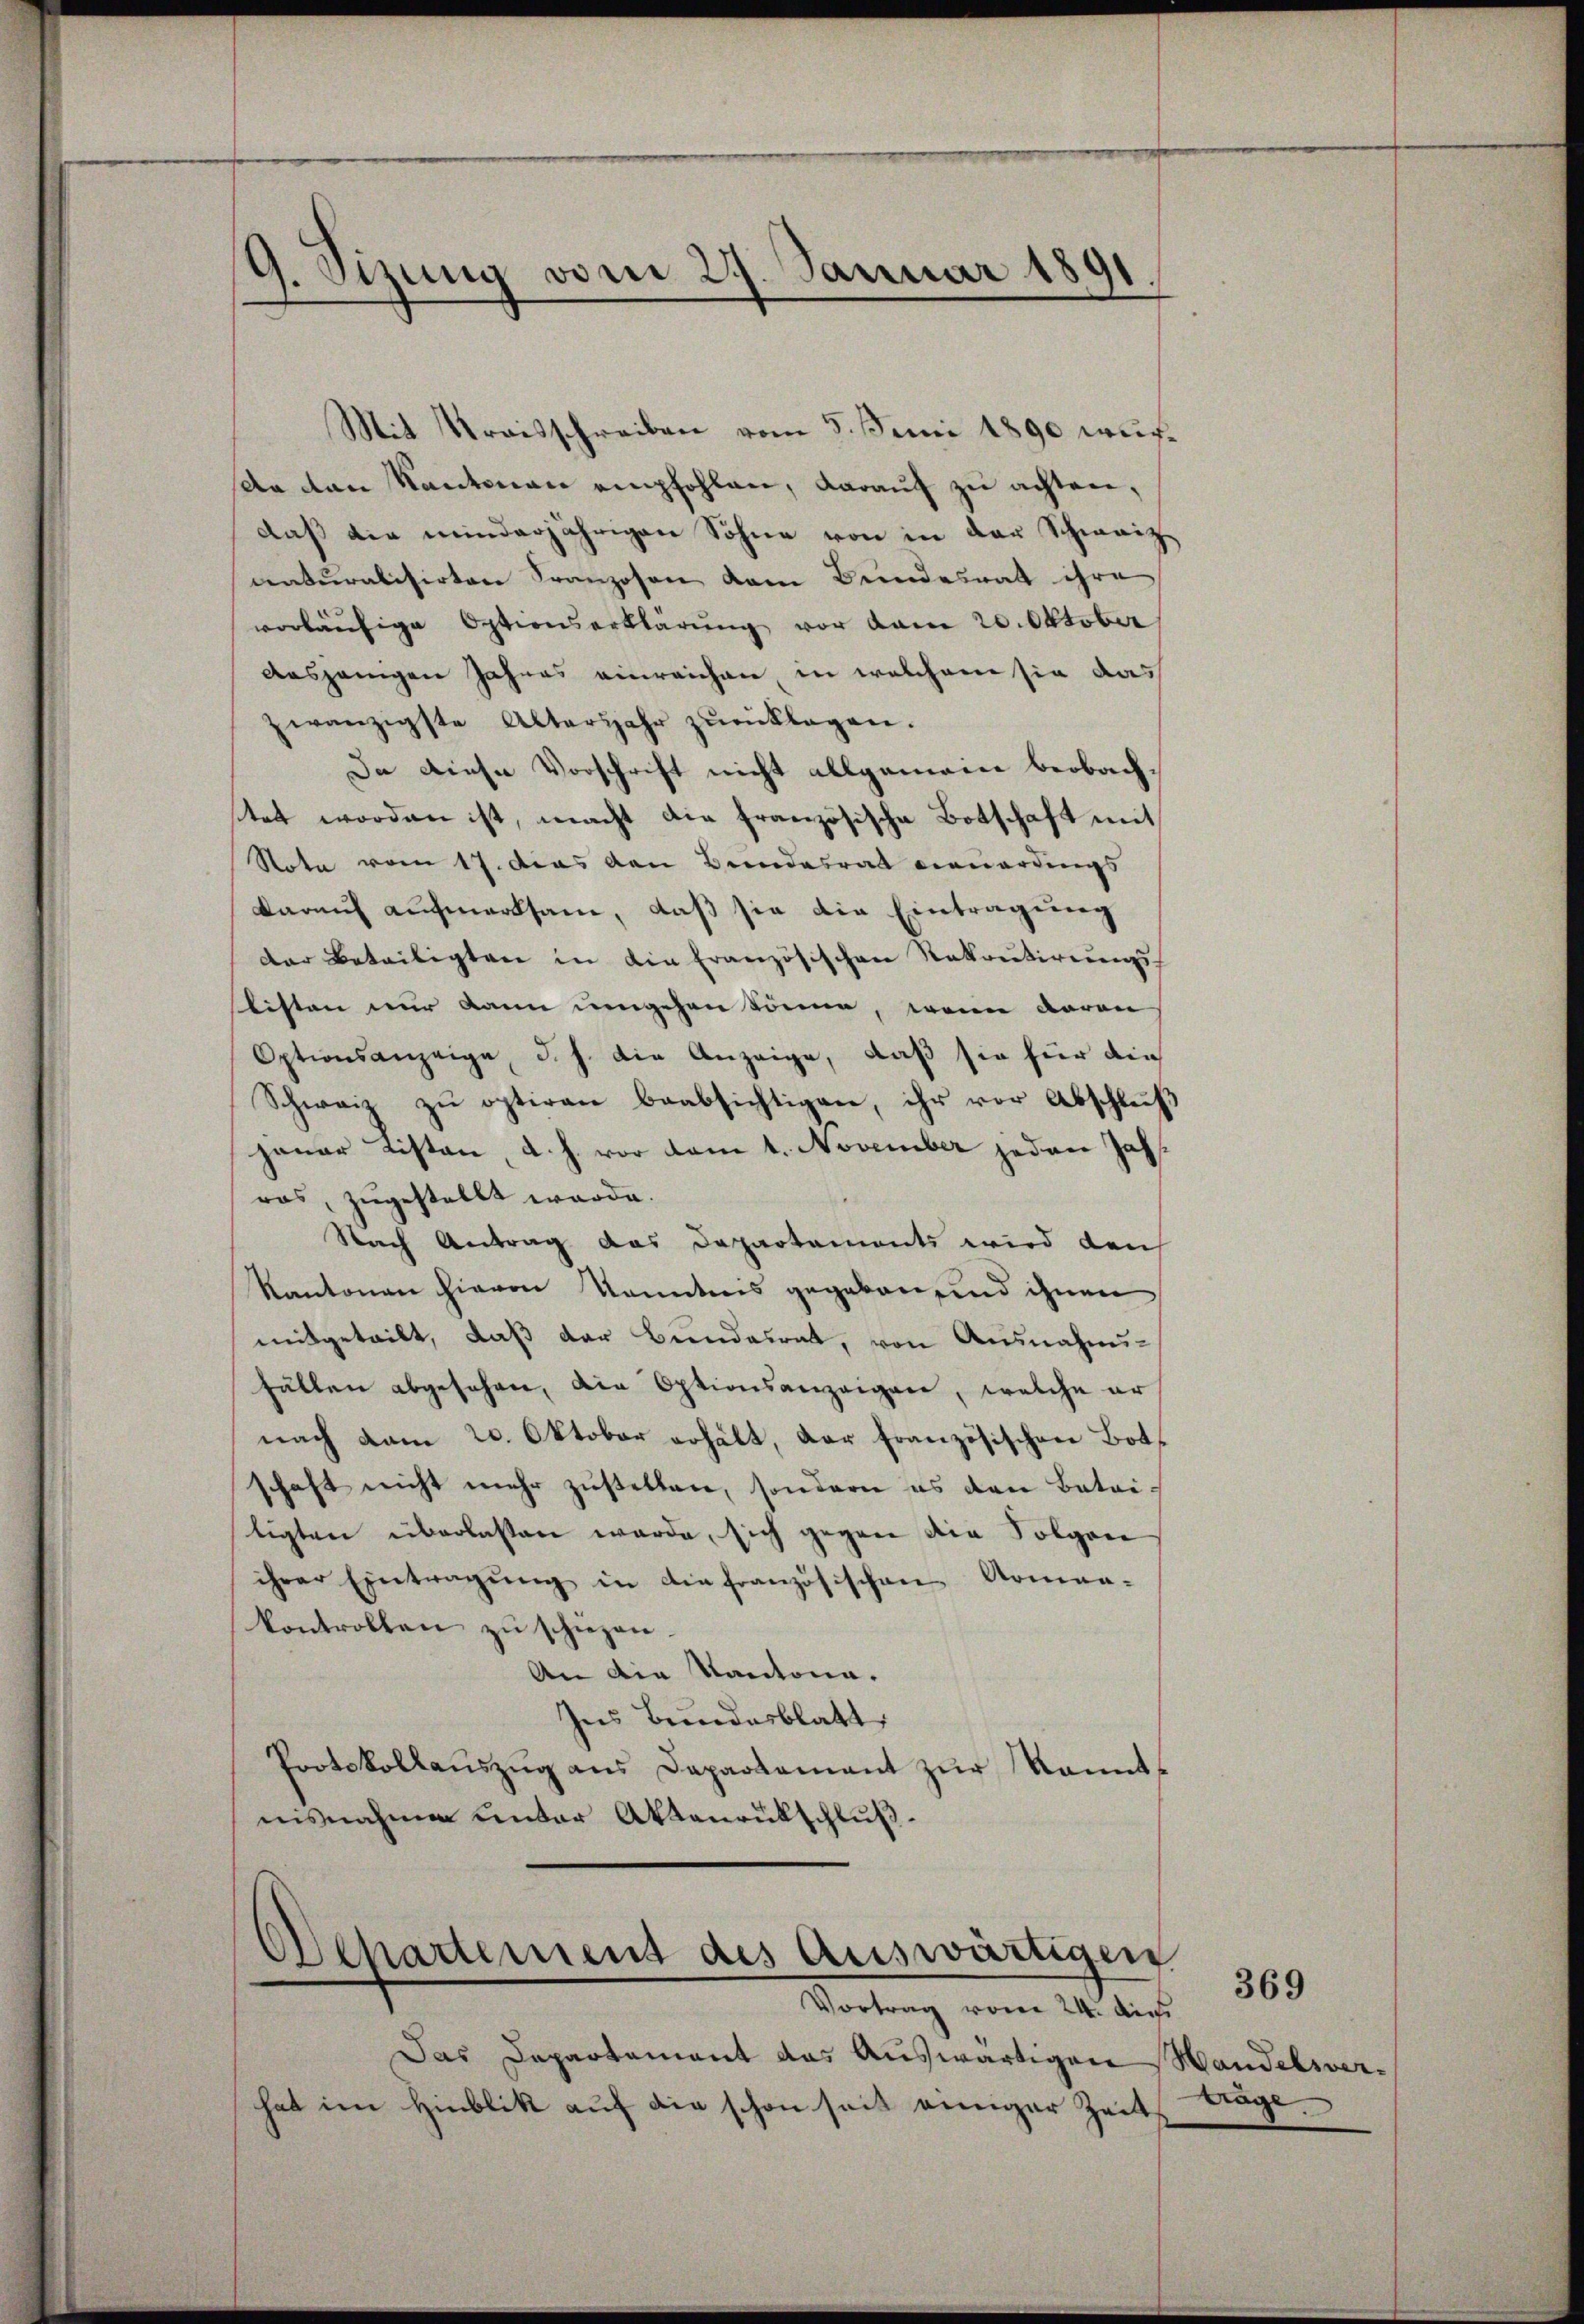
9. Sizung vom 27. Januar 1891

Mit Kraisschreiben vom 5. Juni 1890 wurda von Kantonau empfohlen, darauf zu achten,
daß die minderjährigen Sohne von in der Schweiz
centuralisirten Franzosen dem Bundesrat ihre
vorläufige Optionserklärung vor dem 20. Oktober
Ausjängen Jahres einreichen, in welchem sie das
zwanzigste Altarjahr zŭrücklagen.
Da diese Vorschrift nicht allgemein beobachstet worden ist, macht die französische Botschaft mit
Note vom 17. das den Bundesrat neuerdings
darauf aufmerksam, daß sie die Eintragung
der Beteiligten in die Französischen Rekrutirŭngs-
slisten nur kann umgehen könne, wenn daran
Optionsanzeige, d. h. die Anzeige, daß sie für die
Schweiz zŭ optiren beabsichtigen, ihr vor Abschluß
jauer Listen d. h. vor dem 1. November jeden Jahras, zugestellt werde.
Nach Antrag das Departements wird den
Kantonen hievon Kenntnis gegeben, und ihnen
mitgeteilt, daβ der Bundesrat, von Ausnahmifällen abgesehen, die Optionsanzeigen, welche er
nach vom 20. Oktober erhält, dar französischen Botschaft nicht mehr zustellen, sondern es den Betriligten überlassen werde, sich gegen die Folgen
ihrer Eintragŭng in die französischen Armen-
kontrollen zŭ schiehen.
An die Kantona¬
Ins Bundesblatt,
Protokollaŭszŭg ans Departament zŭr kannt-
insnahmen unter Aktenrütschluß¬

Achartement des Auswärtigen
Vortrag vom 24. Aus

Das Dapartament das Auswärtigen Handelsverhat im Hinblik auf die schon seit einiger Zeit

träge.

369